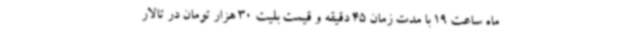
ماه ساعت 19 با مدت زمان 45 دقیقه و قیمت بلیت 30 هزار تومان در تالار